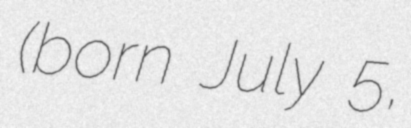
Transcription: (born July 5,